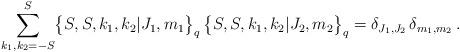
LaTeX: \begin{align*} \sum_{k_1,k_2=-S}^S \bigl\{ S,S,k_1,k_2 \vert J_1,m_1 \bigr\}_q \,\bigl\{ S,S,k_1,k_2 \vert J_2,m_2 \bigr\}_q= \delta_{J_1,J_2} \, \delta_{m_1,m_2} \,. \end{align*}